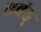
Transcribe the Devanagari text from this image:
सवंत्‌